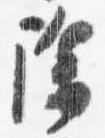
除